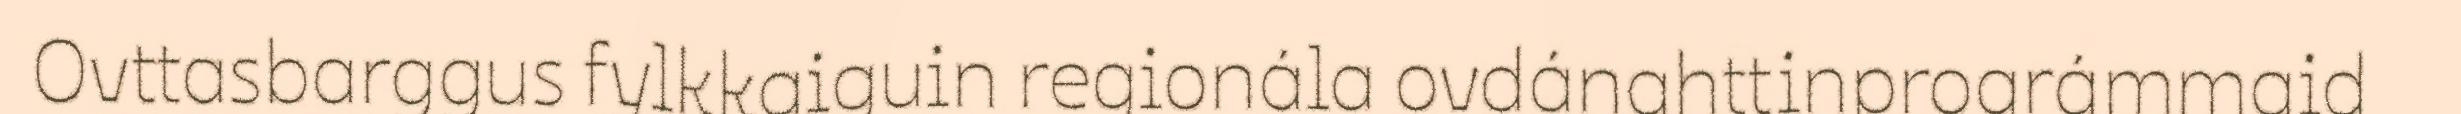
Ovttasbarggus fylkkaiguin regionála ovdánahttinprográmmaid